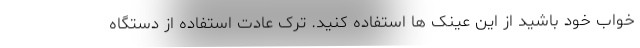
خواب خود باشید از این عینک ها استفاده کنید. ترک عادت استفاده از دستگاه